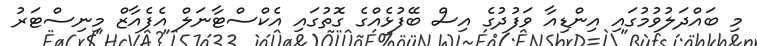
މި ބައްދަލުވުމުގައި އިންޑިއާ ވަފުދުގެ އިސް ބޭފުޅެއްގެ ގޮތުގައި އެކްސްޓާނަލް އެފެއާޒް މިނިސްޓަރު